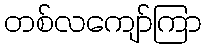
တစ်လကျော်ကြာ